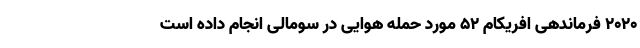
۲۰۲۰ فرماندهی افریکام ۵۲ مورد حمله هوایی در سومالی انجام داده است